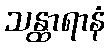
သန္ထာရာနံ